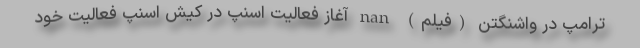
ترامپ در واشنگتن (فیلم) nan آغاز فعالیت اسنپ در کیش اسنپ فعالیت خود